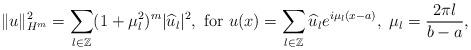
LaTeX: \begin{align*}\|u\|_{H^m}^2=\sum\limits_{l \in \mathbb{Z}} (1+\mu_l^2)^m|\widehat{u}_l|^2,\ \mathrm{for}\ u(x)=\sum\limits_{l\in \mathbb{Z}} \widehat{u}_l e^{i\mu_l(x-a)},\ \mu_l=\frac{2\pi l}{b - a},\end{align*}